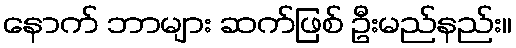
နောက် ဘာများ ဆက်ဖြစ် ဦးမည်နည်း။